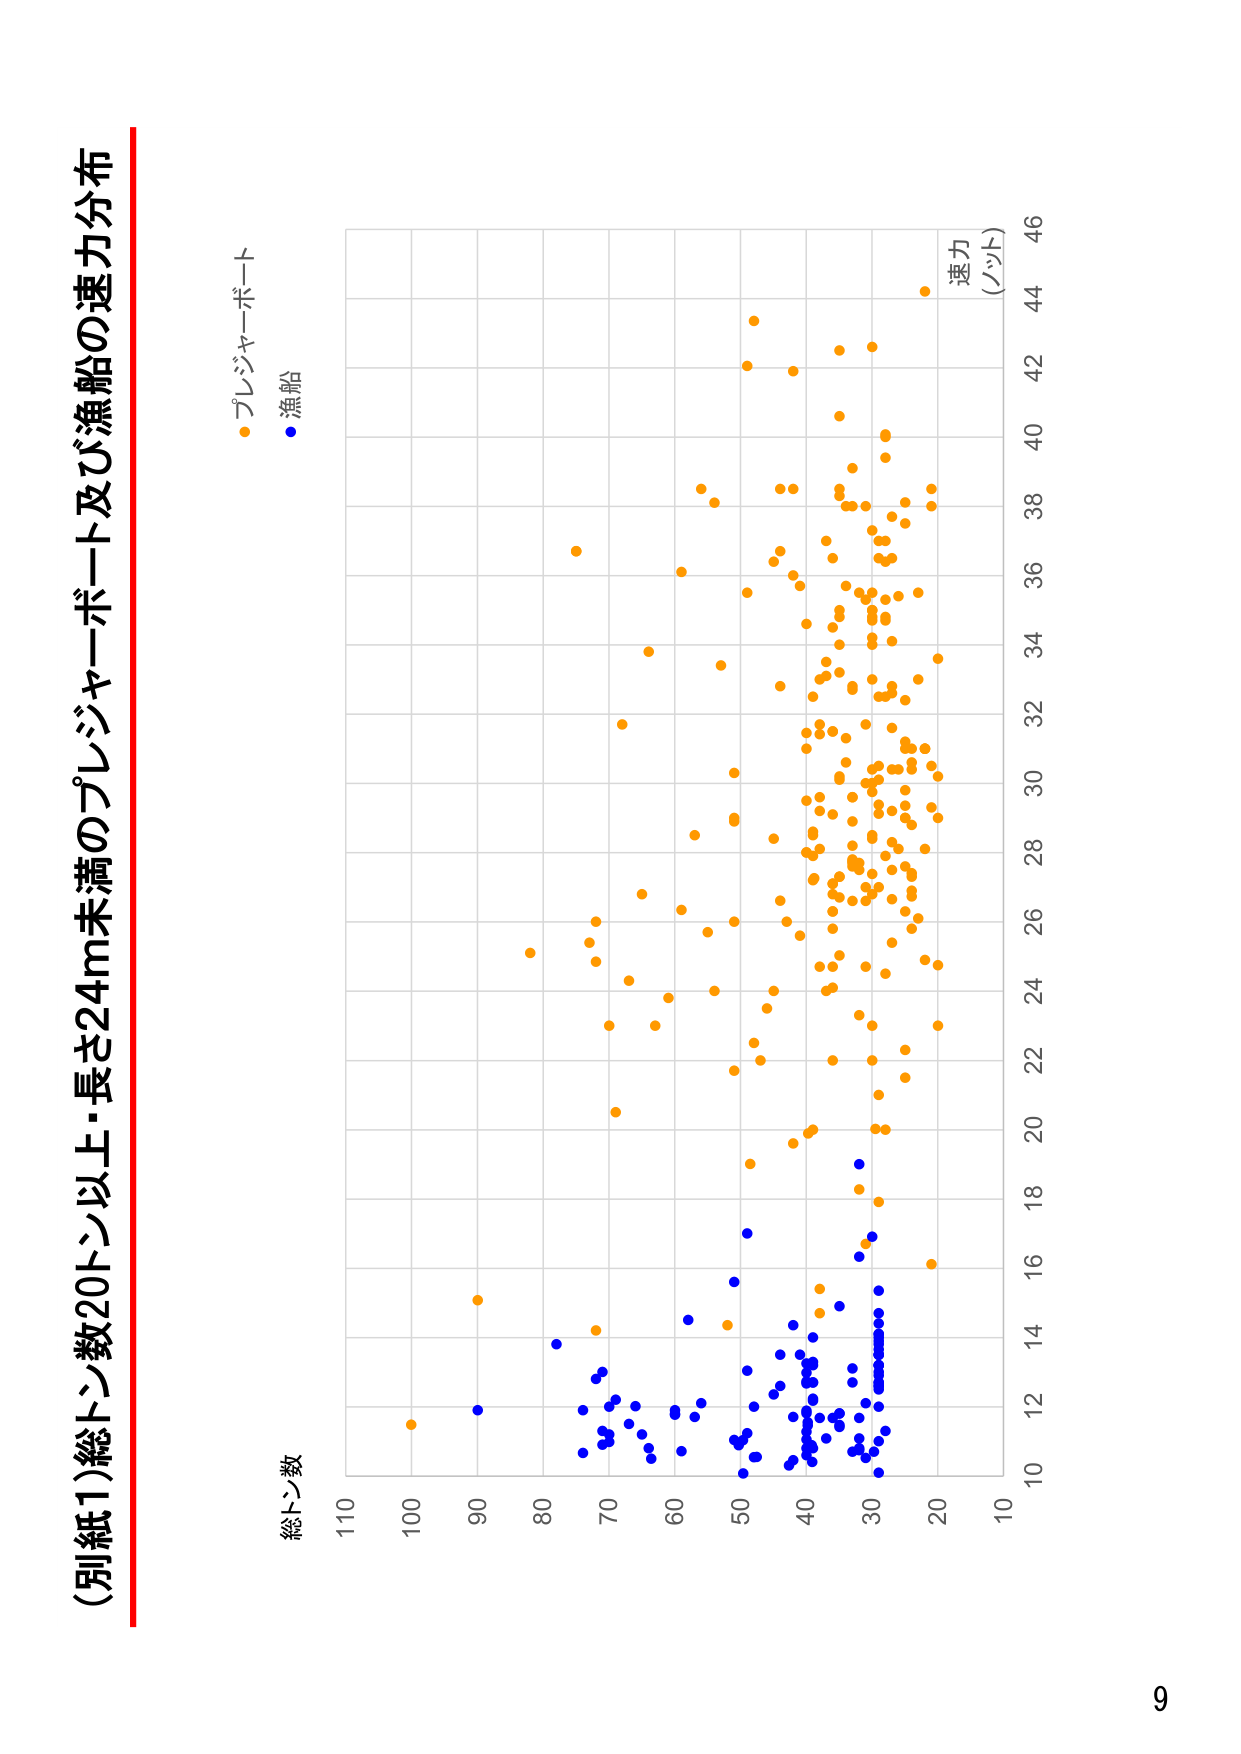
(別紙1)総トン数20トン以上・長さ24m未満のプレジャーボート及び漁船の速力分布

プレジャーボート
漁船

総トン数
110 100 90 80 70 60 50 40 30 20 10

速力
(ノット)
46
44
42
40
38
36
34
32
30
28
26
24
22
20
18
16
14
12
10

9